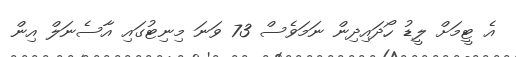
އެ ޓީމަށް ލީޑު ހޯދައިދިން ނަމަވެސް 73 ވަނަ މިނިޓުގައި އާސެނަލް އިން